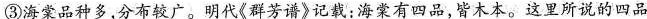
③海棠品种多，分布较广。明代《群芳谱》记载：海棠有四品，皆木本。这里所说的四品